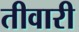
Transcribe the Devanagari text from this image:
तीवारी